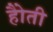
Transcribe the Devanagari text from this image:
हैोती